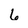
Character: 6